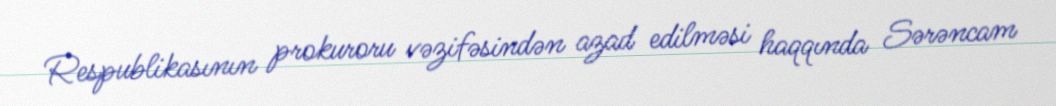
Respublikasının prokuroru vəzifəsindən azad edilməsi haqqında Sərəncam